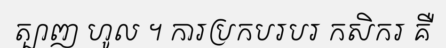
ត្បាញ ហូល ។ ការប្រកបរបរ កសិករ គឺ